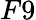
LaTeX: F9